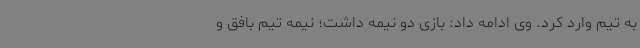
به تیم وارد کرد. وی ادامه داد: بازی دو نیمه داشت؛ نیمه تیم بافق و